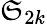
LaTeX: {\mathfrak{S}}_{2k}